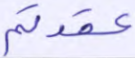
عقدتم